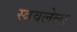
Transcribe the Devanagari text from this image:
स्त्रवलेला